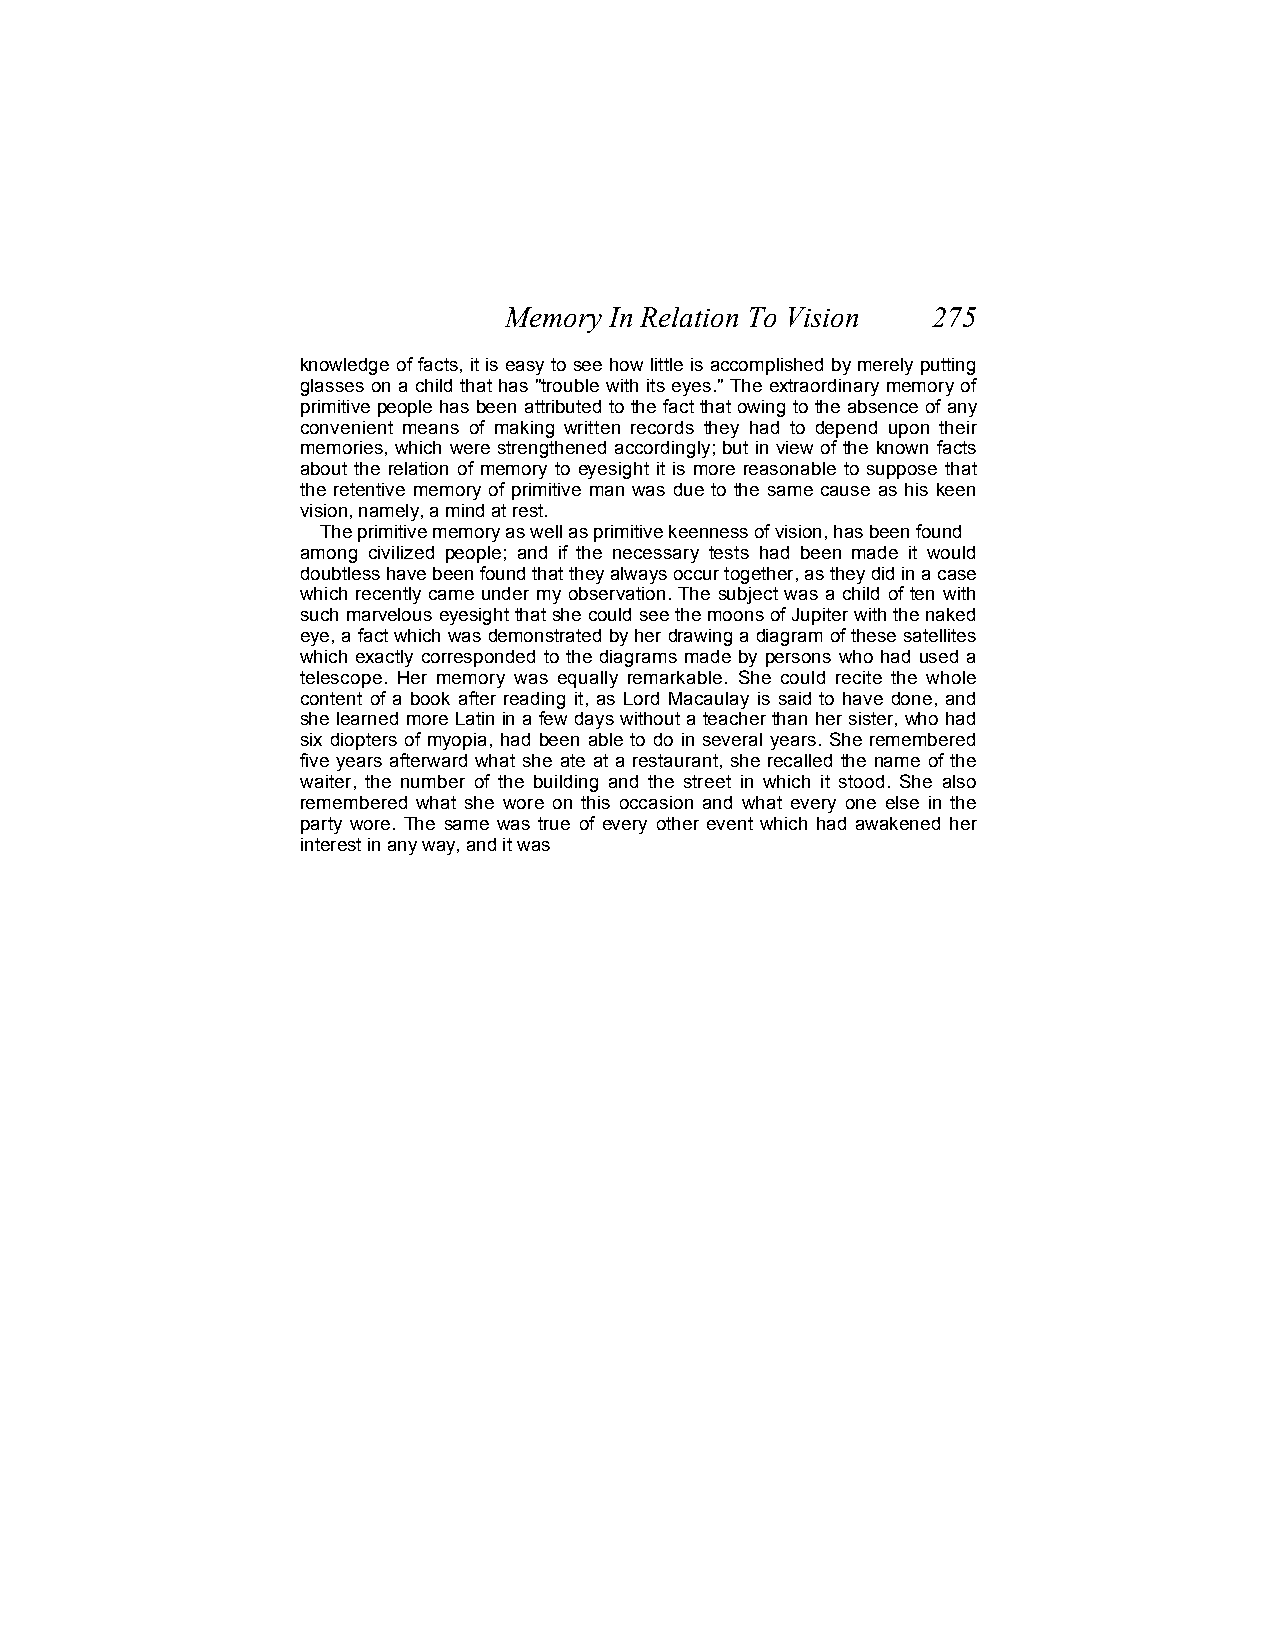
Memory In Relation To Vision 275
 knowledge of facts, it is easy to see how little is accomplished by merely putting
 glasses on a child that has "trouble with its eyes." The extraordinary memory of
 primitive people has been attributed to the fact that owing to the absence of any
 convenient means of making written records they had to depend upon their
 memories, which were strengthened accordingly; but in view of the known facts
 about the relation of memory to eyesight it is more reasonable to suppose that
 the retentive memory of primitive man was due to the same cause as his keen
 vision, namely, a mind at rest.
 The primitive memory as well as primitive keenness of vision, has been found
 among civilized people; and if the necessary tests had been made it would
 doubtless have been found that they always occur together, as they did in a case
 which recently came under my observation. The subject was a child of ten with
 such marvelous eyesight that she could see the moons of Jupiter with the naked
 eye, a fact which was demonstrated by her drawing a diagram of these satellites
 which exactly corresponded to the diagrams made by persons who had used a
 telescope. Her memory was equally remarkable. She could recite the whole
 content of a book after reading it, as Lord Macaulay is said to have done, and
 she learned more Latin in a few days without a teacher than her sister, who had
 six diopters of myopia, had been able to do in several years. She remembered
 five years afterward what she ate at a restaurant, she recalled the name of the
 waiter, the number of the building and the street in which it stood. She also
 remembered what she wore on this occasion and what every one else in the
 party wore. The same was true of every other event which had awakened her
 interest in any way, and it was